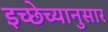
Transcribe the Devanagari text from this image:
इच्छेच्यानुसार